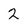
Character: 2